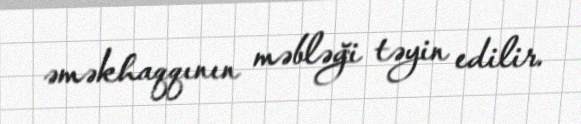
əməkhaqqının məbləği təyin edilir.